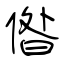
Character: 偺